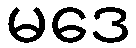
မဒေ